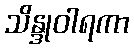
သိန္ဒုဝါရကာ